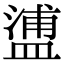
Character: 𥂈